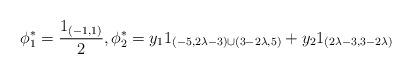
LaTeX: \begin{align*} \phi_1^* = \frac{1_{(-1,1)}}{2} , \phi_2^* = y_1 1_{(-5,2\lambda -3) \cup (3-2\lambda ,5)} + y_2 1_{(2\lambda -3,3-2\lambda )}\end{align*}